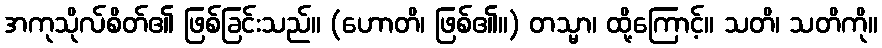
အကုသိုလ်စိတ်၏ ဖြစ်ခြင်းသည်။ (ဟောတိ၊ ဖြစ်၏။) တသ္မာ၊ ထို့ကြောင့်။ သတိ၊ သတိကို။